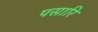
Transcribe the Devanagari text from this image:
पसारि